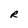
Character: R